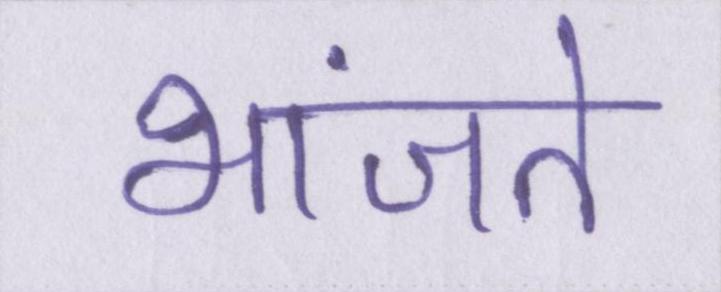
भांजते